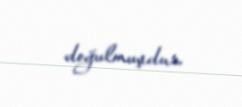
doğulmuşdur.